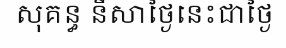
សុគន្ធ នីសាថ្ងៃនេះជាថ្ងៃ